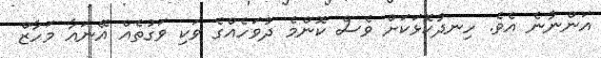
އަންނާނެ އެވެ. ހިނދުކޮޅަކަށް ވެސް ކޮންމެ ދުވަހެއްގެ ވަކި ވަގުތެއް އޭނައާ މަހާޒް